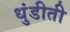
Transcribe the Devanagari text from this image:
धुंडीती